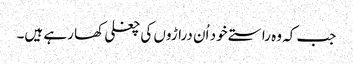
جب کہ وہ راستے خود اُن دراڑوں کی چغلی کھا رہے ہیں۔